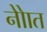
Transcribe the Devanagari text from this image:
नोाेत